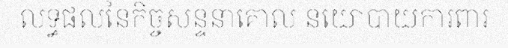
លទ្ធផលនៃកិច្ចសន្ទនាគោល នយោបាយការពារ